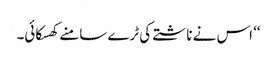
‘‘ اس نے ناشتے کی ٹرے سامنے کھسکائی۔